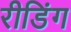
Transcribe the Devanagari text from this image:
रीडिंग